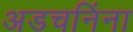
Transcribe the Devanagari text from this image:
अडचनिंना